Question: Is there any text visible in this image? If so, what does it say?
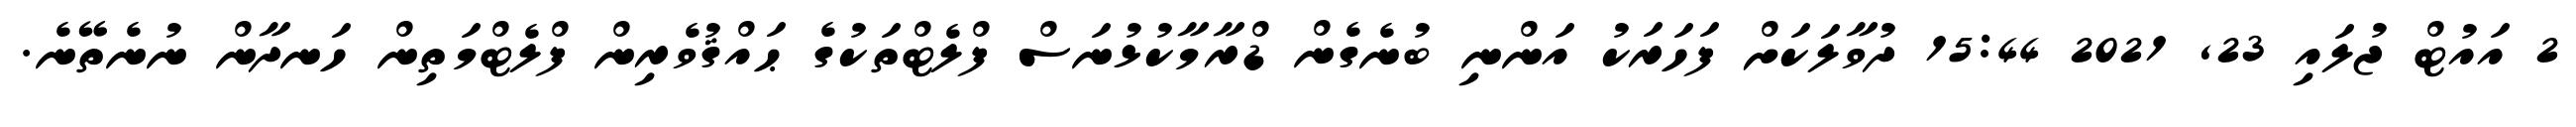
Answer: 2 އައުޓް ޖުލައި 23, 2021 15:44 ދުވާލަކަށް ފަހަރަކު އަންނި ބުނެގެން ޑްރާމާކުޅުނަސް ފްލެޓްތަކުގެ ޙައްޤުވެރިން ފްލެޓްމަތިން ހަނދާން ނުނެތޭނެ.